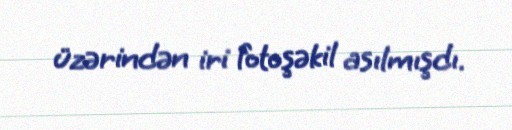
üzərindən iri fotoşəkil asılmışdı.